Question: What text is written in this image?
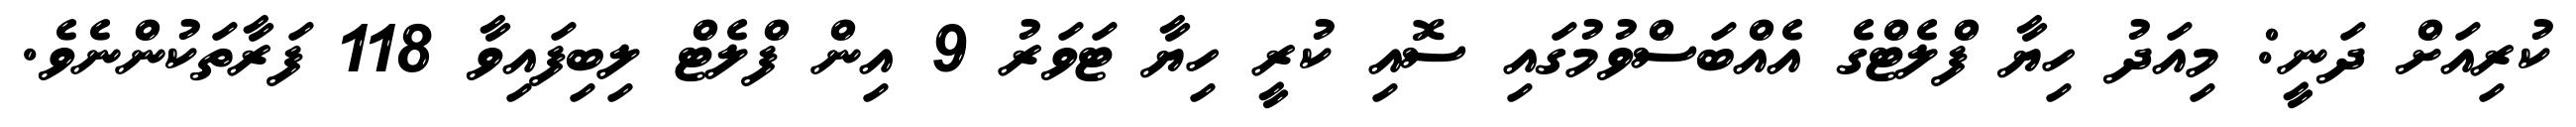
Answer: ކުރިއަށް ދަނީ: މިއަދު ހިޔާ ފްލެޓްގެ އެއްބަސްވުމުގައި ސޮއި ކުރީ ހިޔާ ޓަވަރު 9 އިން ފްލެޓް ލިބިފައިވާ 118 ފަރާތަކުންނެވެ.